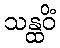
သန္ထဝိံ